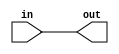
module Mov(out, in);

    parameter n = 32;
    output [n - 1 : 0] out;
    input [n - 1 : 0] in;

    genvar i;
    
    generate for (i = 0; i < n; i = i + 1) begin
        and movblk(out[i], in[i], in[i]);
    end
    endgenerate

endmodule